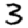
Digit: 3